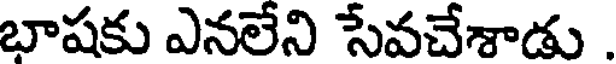
బాషకు ఎనలేని సేవచేశాడు .